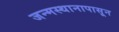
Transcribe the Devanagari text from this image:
जन्मस्थानापासून